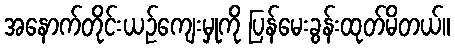
အနောက်တိုင်းယဉ်ကျေးမှုကို ပြန်မေးခွန်းထုတ်မိတယ်။